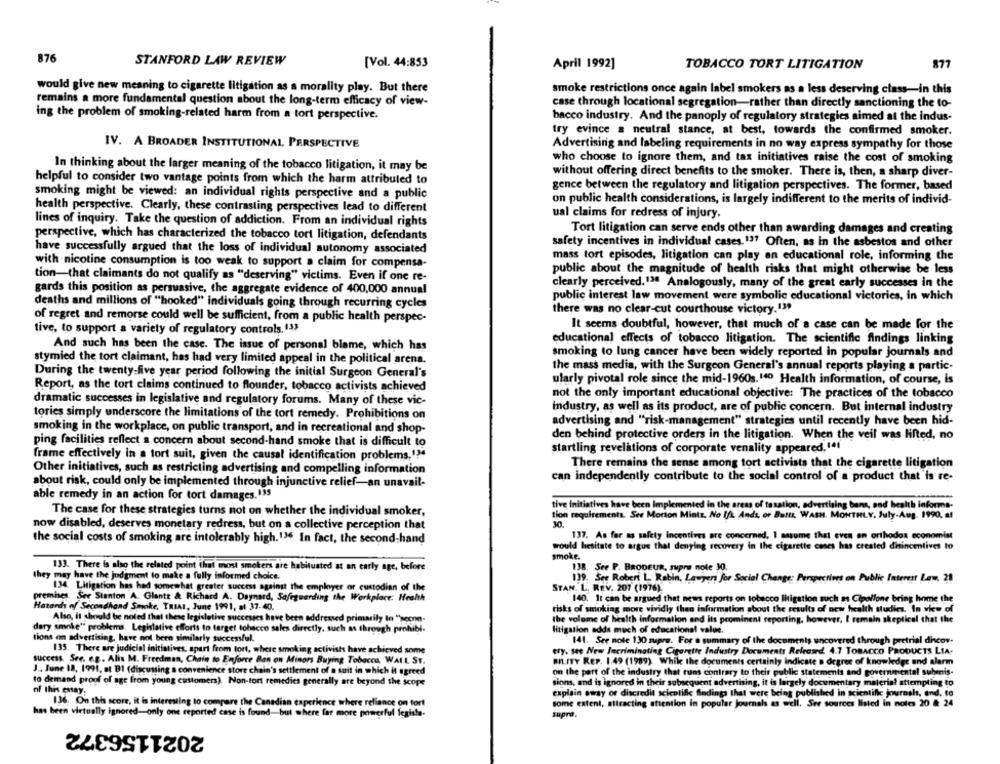
876
STANFORD LAW REVIEW
[Vol. 44:853
April 1992]
TOBACCO TORT LITIGATION
877
would give new meaning to cigarette litigation as a morality play. But there
smoke restrictions once again label smokers as a less deserving class-in this
remains a more fundamental question about the long-term efficacy of view-
case through locational segregation-rather than directly sanctioning the to-
ing the problem of smoking-related harm from a tort perspective.
bacco industry. And the panoply of regulatory strategies aimed at the indus-
try evince a neutral stance, at best, towards the confirmed smoker.
IV. A BROADER INSTITUTIONAL PERSPECTIVE
Advertising and labeling requirements in no way express sympathy for those
who choose to ignore them, and tax initiatives raise the cost of smoking
In thinking about the larger meaning of the tobacco litigation, it may be
without offering direct benefits to the smoker. There is, then, a sharp diver-
helpful to consider two vantage points from which the harm attributed to
gence between the regulatory and litigation perspectives. The former, based
smoking might be viewed: an individual rights perspective and a public
on public health considerations, is largely indifferent to the merits of individ-
health perspective. Clearly, these contrasting perspectives lead to different
ual claims for redress of injury.
lines of inquiry. Take the question of addiction. From an individual rights
Tort litigation can serve ends other than awarding damages and creating
perspective, which has characterized the tobacco tort litigation, defendants
safety incentives in individual cases.137 Often, as in the asbestos and other
have successfully argued that the loss of individual autonomy associated
mass tort episodes, litigation can play an educational role, informing the
with nicotine consumption is too weak to support a claim for compensa-
public about the magnitude of health risks that might otherwise be less
tion-that claimants do not qualify as "deserving" victims. Even if one re-
clearly perceived.13ª Analogously, many of the great early successes in the
gards this position as persuasive, the aggregate evidence of 400,000 annual
public interest law movement were symbolic educational victories, in which
deaths and millions of "hooked" individuals going through recurring cycles
there was no clear-cut courthouse victory.139
of regret and remorse could well be sufficient, from a public health perspec-
It seems doubtful, however, that much of a case can be made for the
tive, to support a variety of regulatory controls, 133
educational effects of tobacco litigation. The scientific findings linking
And such has been the case. The issue of personal blame, which has
stymied the tort claimant, has had very limited appeal in the political arena.
smoking to lung cancer have been widely reported in popular journals and
During the twenty-five year period following the initial Surgeon General's
the mass media, with the Surgeon General's annual reports playing a partic-
ularly pivotal role since the mid-1960s. 140 Health information, of course, is
Report, as the tort claims continued to flounder, tobacco activists achieved
not the only important educational objective: The practices of the tobacco
dramatic successes in legislative and regulatory forums. Many of these vic-
industry, as well as its product, are of public concern. But internal industry
tories simply underscore the limitations of the tort remedy. Prohibitions on
advertising and "risk-management" strategies until recently have been hid-
smoking in the workplace, on public transport, and in recreational and shop-
den behind protective orders in the litigation. When the veil was lifted, no
ping facilities reflect a concern about second-hand smoke that is difficult to
startling revelations of corporate venality appeared,1ªt
frame effectively in a tort suit, given the causal identification problems,'?4
There remains the sense among tort activists that the cigarette litigation
Other initiatives, such as restricting advertising and compelling information
can independently contribute to the social control of a product that'is re-
about risk, could only be implemented through injunctive relief-an unavail-
able remedy in an action for tort damages.135
tive initiatives have been Implemented in the areas of tasation, advertising bans, and health informs.
The case for these strategies turns not on whether the individual smoker,
tion requirements. Ser Morton Mintz, No Ift Ands, or Batts, WASH. MONTHLY, July-Aug. 1990, at
now disabled, deserves monetary redress, but on a collective perception that
30.
137. As far as safety incentives are concerned, I assume that even en orthodox economist
the social costs of smoking are intolerably high. 136 In fact, the second-hand
would hesitate to argue that denying recovery in the cigarette cases has created dinincentives to
smoke.
133. There is also the related point that most smokers are habitusted at an early age, before
138. See P. BRODEUR, supre note 30.
they may have the judgment to make a fully informed choice.
139. See Robert L. Rabin, Lawyers for Social Change: Perspectives on Public Interest Law, 21
134. Litigation has had somewhat greater success against the employer or custodian of the
STAN. L. REV. 207 (1976).
premises. See Stanton A. Glantz & Richard A. Daynard, Safeguarding the Workplace: Health
140. It can be argued that news reports on tobacco litigation such as Cipollone bring home the
Hatardı of Secondhand Smoke, TRIAL, June 1991, al 37-40.
risks of smoking more vividly then information about the results of new health studies. In view of
Also, it should be noted that these legislative successes have been addressed primarily lo "secon-
the volume of health information and its prominent reporting, however, I remain skeptical that the
dary smoke" problems. Legislative efforts to target tobacco sales directly, such as through prohibi-
litigation adda much of educational value.
tions on advertising, have not been similarly successful.
141. See note 130 supre. For a summary of the documents uncovered through pretrial dincov-
135. There are judicial initiatives, apart from tort, where smoking activists have achieved some
try. see New Incriminating Cigarette Industry Documents Released. 4.1 TOBACCO PRODUCTS LIA-
success. See. e.g. Alis M. Freedman, Chain to Enforce Ban on Minors Buying Tobacco, WALL ST.
BILITY REP. 1.49 (1989). While the documents certainly indicate a degree of knowledge and alarm
J .. June 18, 1991, at BI (discussing a convenience store chain's settlement of a suit in which it agreed
on the part of the industry that runs contrary to their public statements and governmental submis-
to demand proof of age from young customers). Non-tort remedies generally are beyond the scope
sions, and is ignored in their subsequent advertising, it is largely documentary material attempting to
of this essay.
explain oway or discredit scientific findings that were being published in scientific journals, and, to
136. On this score, it is interesting to compare the Canadian experience where reliance on fort
some extent, attracting attention in popular journals as well. See sources listed in notes 20 # 24
has been virtually ignored-only one reported case is found-but where far more powerful legisla-
supra.
2021156372